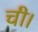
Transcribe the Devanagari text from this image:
ची।